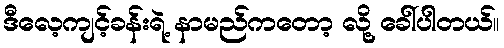
ဒီလေ့ကျင့်ခန်းရဲ့ နာမည်ကတော့ လို့ ခေါ်ပါတယ်။